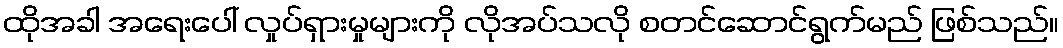
ထိုအခါ အရေးပေါ် လှုပ်ရှားမှုများကို လိုအပ်သလို စတင်ဆောင်ရွက်မည် ဖြစ်သည်။